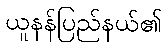
ယူနန်ပြည်နယ်၏